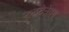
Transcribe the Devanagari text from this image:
रुद्रटेनेदम्